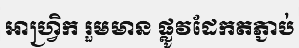
អាហ្វ្រិក រួមមាន ផ្លូវដែកតភ្ជាប់